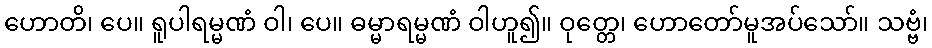
ဟောတိ၊ ပေ။ ရူပါရမ္မဏံ ဝါ၊ ပေ။ ဓမ္မာရမ္မဏံ ဝါဟူ၍။ ဝုတ္တေ၊ ဟောတော်မူအပ်သော်။ သဗ္ဗံ၊